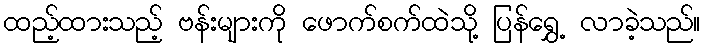
ထည့်ထားသည့် ဗန်းများကို ဖောက်စက်ထဲသို့ ပြန်ရွှေ့ လာခဲ့သည်။